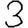
Digit: 3